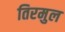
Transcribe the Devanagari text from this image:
तिरमुल